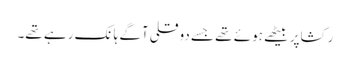
رکشاپر بیٹھے ہوئے تھے جسے دوقلی آگے ہانک رہے تھے۔